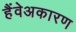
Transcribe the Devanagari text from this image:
हैंवेअकारण